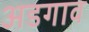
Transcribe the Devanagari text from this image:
अडगाव